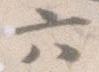
六